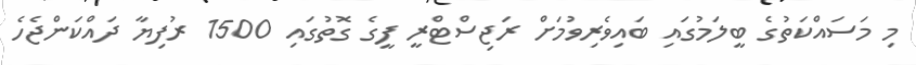
މި މަސައްކަތުގެ ބީލަމުގައި ބައިވެރިވުމަށް ރަޖިސްޓްރީ ފީގެ ގޮތުގައި 1500 ރުފިޔާ ދައްކަންޖެހެ